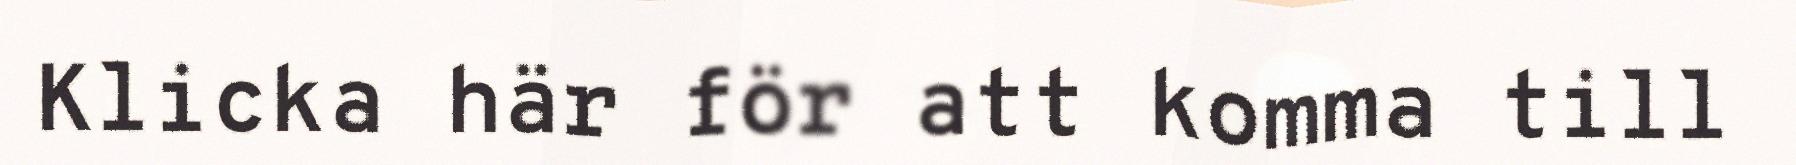
Klicka här för att komma till